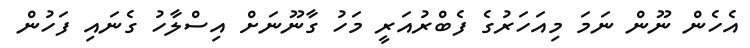
އެހެން ނޫން ނަމަ މިއަހަރުގެ ފެބްރުއަރީ މަހު ގާނޫނަށް އިސްލާހު ގެނަައި ފަހުން